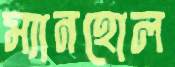
ম্যানহোল